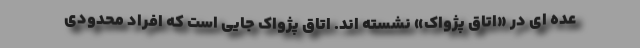
عده ای در «اتاق پژواک» نشسته اند. اتاق پژواک جایی است که افراد محدودی